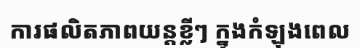
ការផលិតភាពយន្តខ្លីៗ ក្នុងកំឡុងពេល